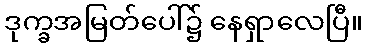
ဒုက္ခအမြတ်ပေါ်၌ နေရှာလေပြီ။